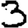
Digit: 3